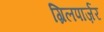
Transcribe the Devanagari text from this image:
ग्रिलपार्ज़र